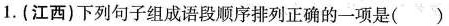
1.(江西)下列句子组成语段顺序排列正确的一项是( )